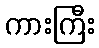
ကားကြီး